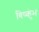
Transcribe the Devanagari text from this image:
विष्कुंभ